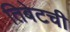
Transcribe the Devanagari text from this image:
तिबेटची